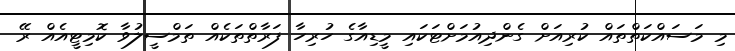
މި މަސައްކަތްތައް ކުރިއަށް ގެންދިއުމަށްޓަކައި މީޑިއާގެ ހުރިހާ ފަރާތްތަކެއް ތަމްސީލުވާ ކޮމިޓީއެއް ރޭ